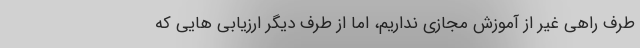
طرف راهی غیر از آموزش مجازی نداریم، اما از طرف دیگر ارزیابی هایی که